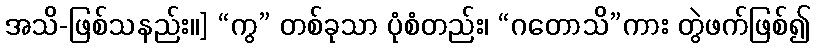
အသိ-ဖြစ်သနည်း၊၊] “ကွ” တစ်ခုသာ ပုံစံတည်း၊ “ဂတောသိ”ကား တွဲဖက်ဖြစ်၍